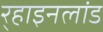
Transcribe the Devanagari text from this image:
र्‍हाइनलांड